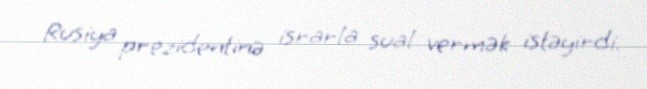
Rusiya prezidentinə israrla sual vermək istəyirdi.